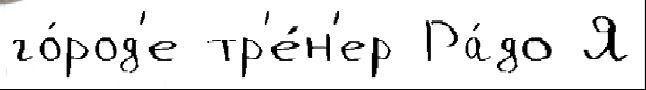
го́род'е тр'е́н'ер Ра́до Я